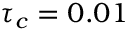
\tau _ { c } = 0 . 0 1